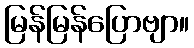
မြန်မြန်ပြောဗျာ။